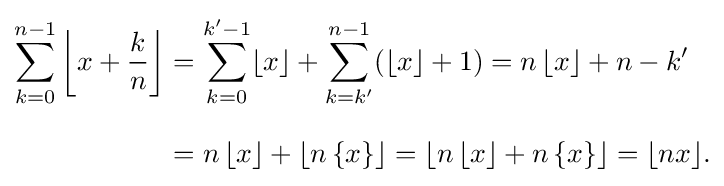
{\begin{aligned}\sum _{k=0}^{n-1}\left\lfloor x+{\frac {k}{n}}\right\rfloor &=\sum _{k=0}^{k'-1}\lfloor x\rfloor +\sum _{k=k'}^{n-1}(\lfloor x\rfloor +1)=n\,\lfloor x\rfloor +n-k'\\[8pt]&=n\,\lfloor x\rfloor +\lfloor n\,\{x\}\rfloor =\left\lfloor n\,\lfloor x\rfloor +n\,\{x\}\right\rfloor =\lfloor nx\rfloor .\end{aligned}}